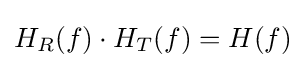
H_{R}(f)\cdot H_{T}(f)=H(f)